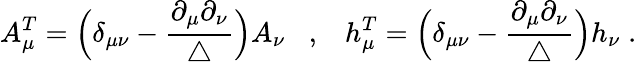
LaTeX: A_{\mu}^{T}=\Big(\delta_{\mu\nu}-\frac{\partial_{\mu}\partial_{\nu}}{\triangle}\Big)A_{\nu}\; \; \; ,\; \; \; h_{\mu}^{T}=\Big(\delta_{\mu\nu}-\frac{\partial_{\mu}\partial_{\nu}}{\triangle}\Big)h_{\nu}\; .